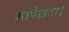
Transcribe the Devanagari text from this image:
सापेक्षता।